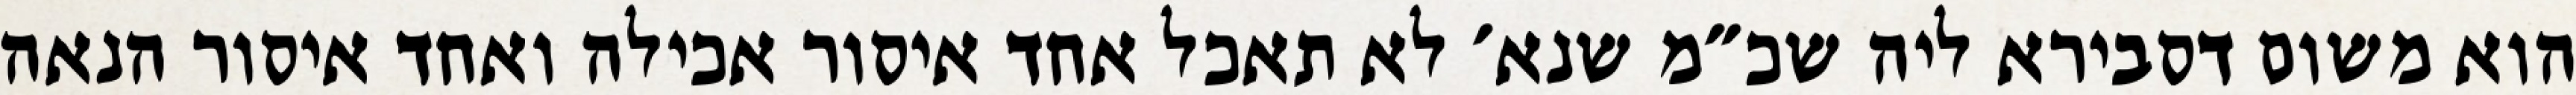
הוא משום דסבירא ליה שכ״מ שנא׳ לא תאכל אחד איסור אכילה ואחד איסור הנאה